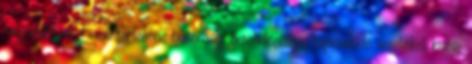
megszakítják, f nem tartalmaz biztonsági berendezéshez kapcsolódó vezetéket kivéve